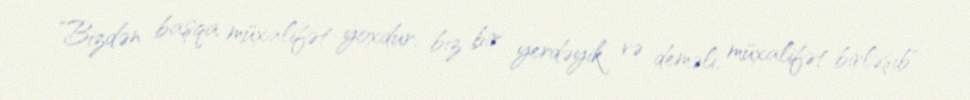
”Bizdən başqa müxalifət yoxdur, biz bir yerdəyik və deməli, müxalifət birləşib"